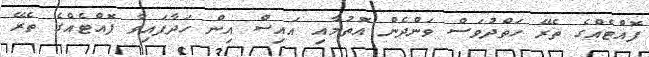
ފޮއްޓެއްގެ ތެރޭ ހަތްދުވަސް ވަންދެން އޮތުމާއި އައިސް އިން ހަދާފައިވާ ފޮއްޓެއްގެ ތެރޭ